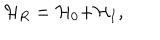
LaTeX: \mathcal { H } _ { R } = \mathcal { H } _ { 0 } \mathcal { + H } _ { I } ,